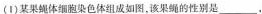
(1)某果蝇体细胞染色体组成如图，该果蝇的性别是___